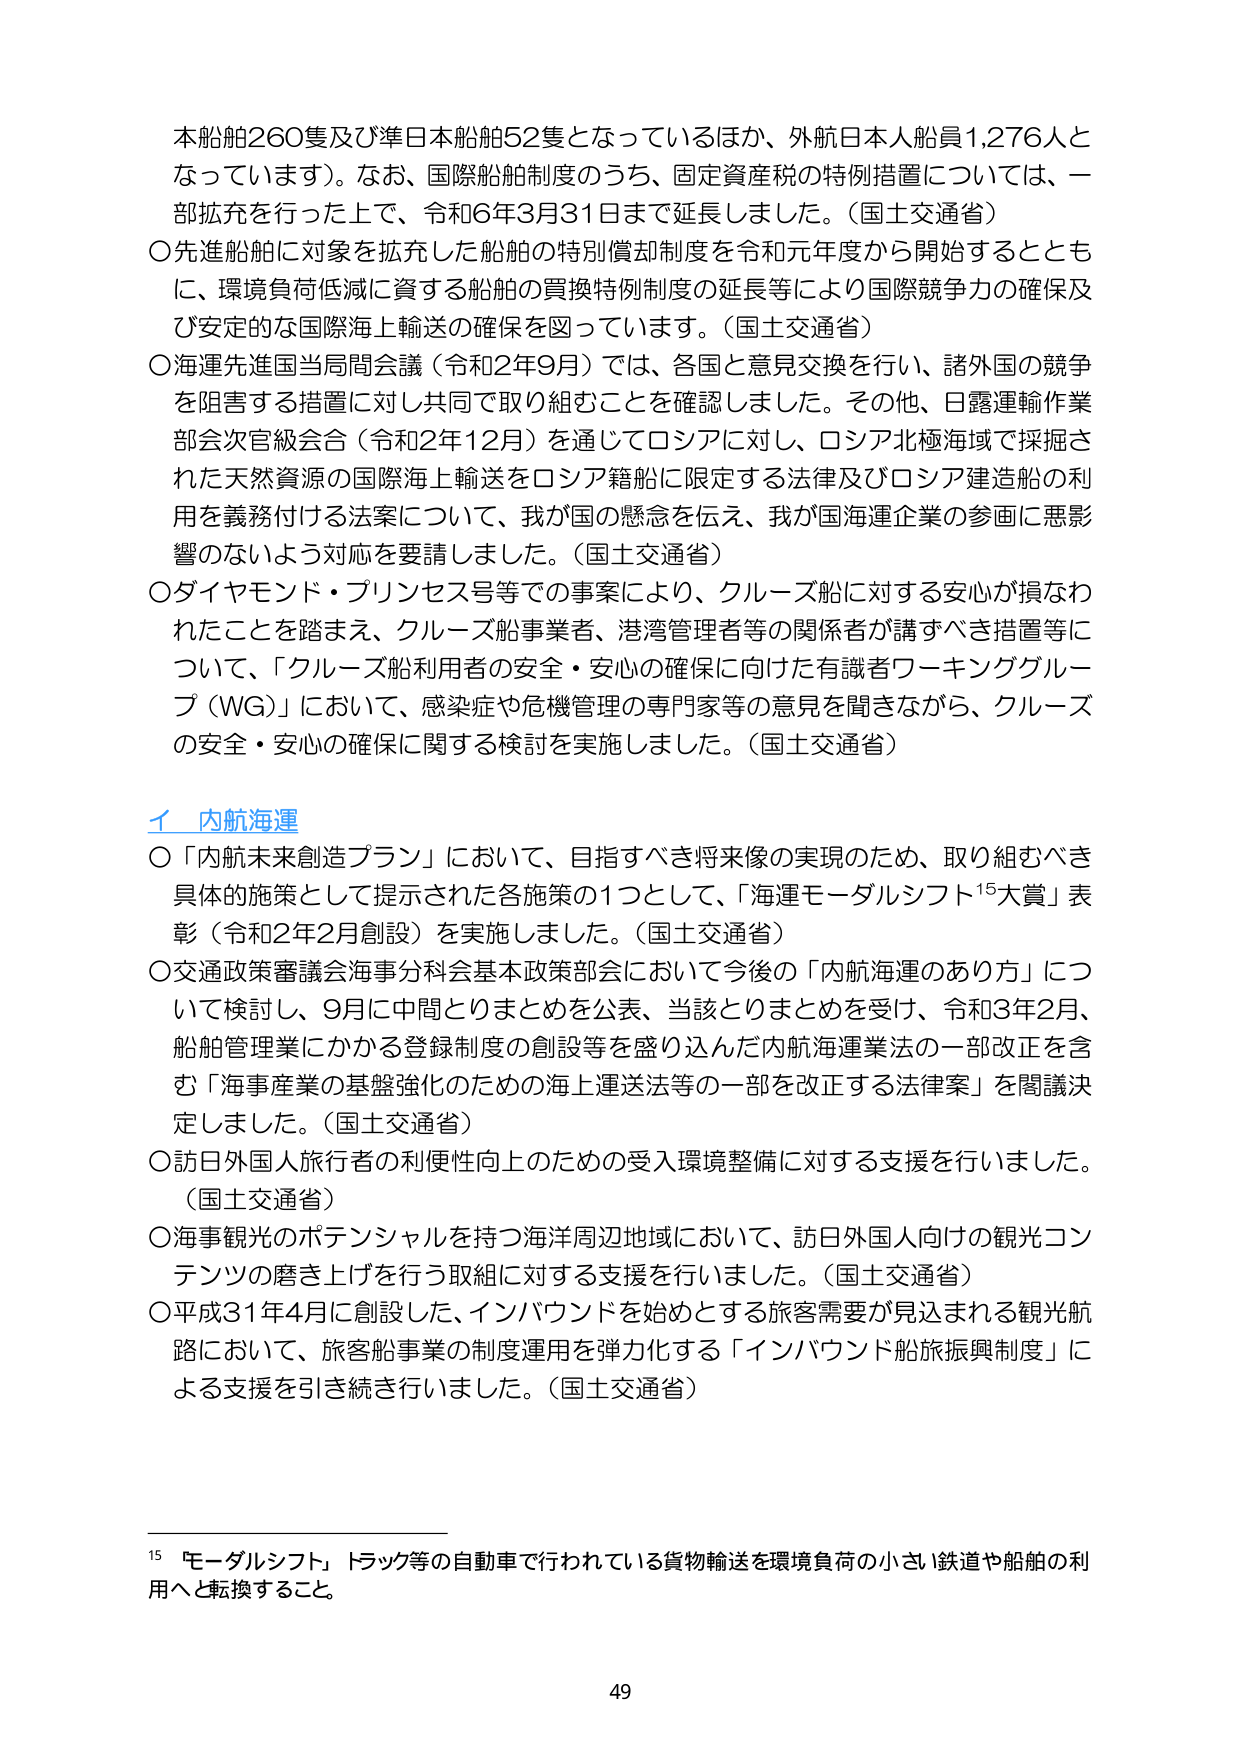
本船舶260隻及び準日本船舶52隻となっているほか、外航日本人船員1,276人となっています）。なお、国際船舶制度のうち、固定資産税の特例措置については、一部拡充を行った上で、令和6年3月31日まで延長しました。（国土交通省）
○先進船舶に対象を拡充した船舶の特別償却制度を令和元年度から開始するとともに、環境負荷低減に資する船舶の買換特例制度の延長等により国際競争力の確保及び安定的な国際海上輸送の確保を図っています。（国土交通省）
○海運先進国当局間会議（令和2年9月）では、各国と意見交換を行い、諸外国の競争を阻害する措置に対し共同で取り組むことを確認しました。その他、日露運輸作業部会次官級会合（令和2年12月）を通じてロシアに対し、ロシア北極海域で採掘された天然資源の国際海上輸送をロシア籍船に限定する法律及びロシア建造船の利用を義務付ける法案について、我が国の懸念を伝え、我が国海運企業の参画に悪影響のないよう対応を要請しました。（国土交通省）
○ダイヤモンド・プリンセス号等での事案により、クルーズ船に対する安心が損なわれたことを踏まえ、クルーズ船事業者、港湾管理者等の関係者が講ずべき措置等について、「クルーズ船利用者の安全・安心の確保に向けた有識者ワーキンググループ（WG）」において、感染症や危機管理の専門家等の意見を聞きながら、クルーズの安全・安心の確保に関する検討を実施しました。（国土交通省）

イ 内航海運
○「内航未来創造プラン」において、目指すべき将来像の実現のため、取り組むべき具体的施策として提示された各施策の1つとして、「海運モーダルシフト¹⁵大賞」表彰（令和2年2月創設）を実施しました。（国土交通省）
○交通政策審議会海事分科会基本政策部会において今後の「内航海運のあり方」について検討し、9月に中間とりまとめを公表、当該とりまとめを受け、令和3年2月、船舶管理業にかかる登録制度の創設等を盛り込んだ内航海運業法の一部改正を含む「海事産業の基盤強化のための海上運送法等の一部を改正する法律案」を閣議決定しました。（国土交通省）
○訪日外国人旅行者の利便性向上のための受入環境整備に対する支援を行いました。（国土交通省）
○海事観光のポテンシャルを持つ海洋周辺地域において、訪日外国人向けの観光コンテンツの磨き上げを行う取組に対する支援を行いました。（国土交通省）
○平成31年4月に創設した、インバウンドを始めとする旅客需要が見込まれる観光航路において、旅客船事業の制度運用を弾力化する「インバウンド船旅振興制度」による支援を引き続き行いました。（国土交通省）

¹⁵ 「モーダルシフト」トラック等の自動車で行われている貨物輸送を環境負荷の小さい鉄道や船舶の利用へと転換すること。

49